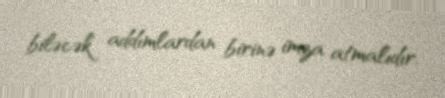
biləcək addımlardan birinə imza atmalıdır.